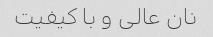
نان عالی و با کیفیت